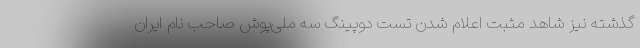
گذشته نیز شاهد مثبت اعلام شدن تست دوپینگ سه ملی‌پوش صاحب نام ایران